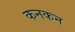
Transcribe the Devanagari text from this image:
कनकन